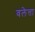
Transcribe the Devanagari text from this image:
वलेत्ता